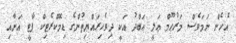
އެހެން ނަމަވެސް މަރުޙޫމް ޢަލީ ޢަބްދު އަކީ ދިވެހިރައްޔިތުންގެ ޑިމޮކްރެޓިކް ޕާޓީ އަށާއި